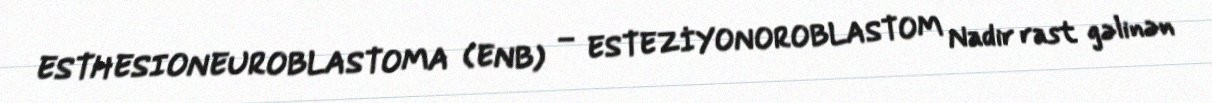
ESTHESIONEUROBLASTOMA (ENB) – ESTEZİYONOROBLASTOM Nadir rast gəlinən